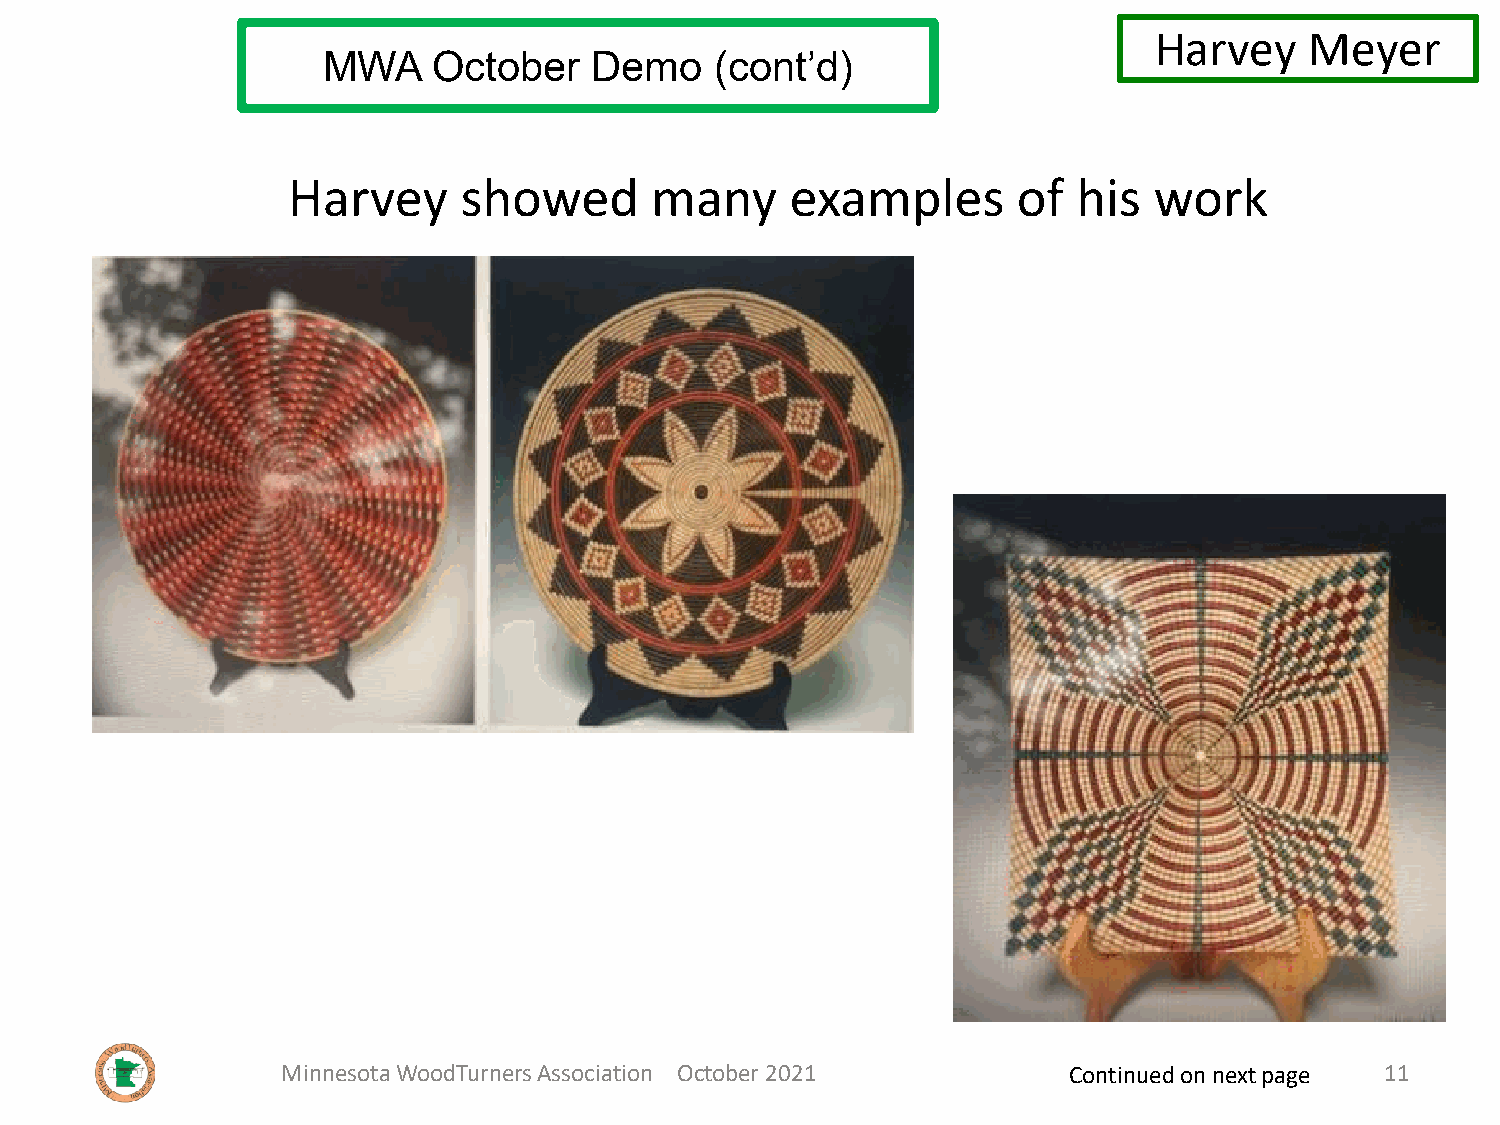
Harvey     Meyer
 MWA     October   Demo    (cont’d)
 Harvey     showed       many     examples       of  his  work
 Minnesota WoodTurners Association October 2021      Continued on next page 11